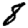
Digit: 8